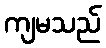
ကျမသည်